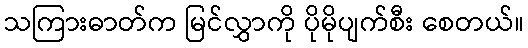
သကြားဓာတ်က မြင်လွှာကို ပိုမိုပျက်စီး စေတယ်။